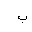
Letter: _ba